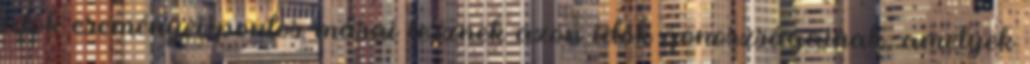
idők eseményei pontos másai lesznek azon idők gonoszságainak, amelyek